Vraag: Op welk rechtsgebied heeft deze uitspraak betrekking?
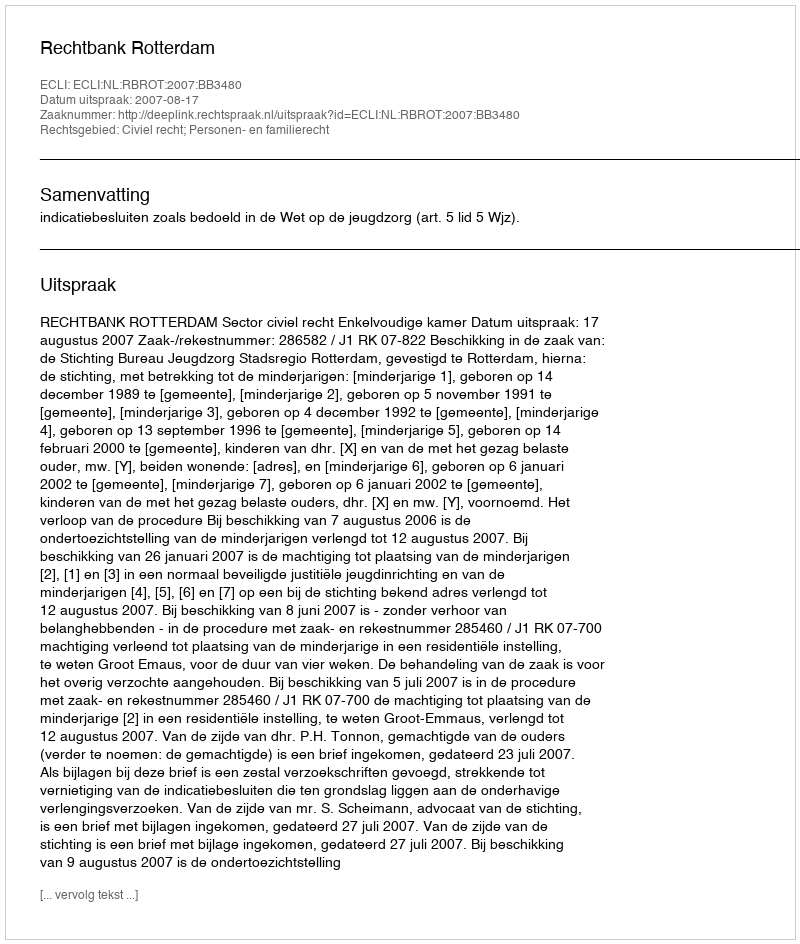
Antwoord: Civiel recht; Personen- en familierecht